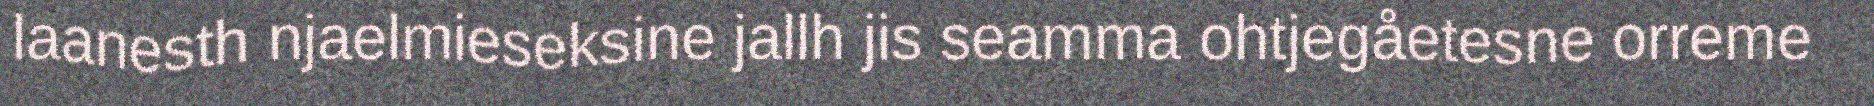
laanesth njaelmieseksine jallh jis seamma ohtjegåetesne orreme